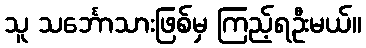
သူ သင်္ဘောသားဖြစ်မှ ကြည့်ရဦးမယ်။